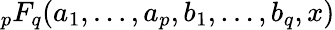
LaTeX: {}_{p}F_{q}(a_{1},\ldots,a_{p},b_{1},\ldots,b_{q},x)